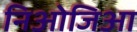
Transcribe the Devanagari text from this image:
निओजिआ